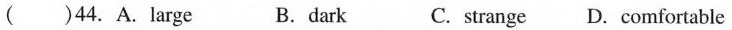
( )44.A.large B.dark C.strange D. comfortable